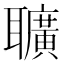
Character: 𦘅